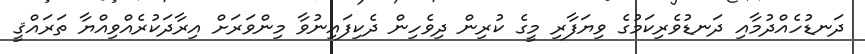
ދަނޑުހެއްދުމާއި ދަނޑުވެރިކަމުގެ ވިޔަފާރި މީގެ ކުރިން ދިވެހިން ދެކިފައިނުވާ މިންވަރަށް އިރާދަކުރެއްވިއްޔާ ތަރައްޤީ